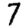
Digit: 7